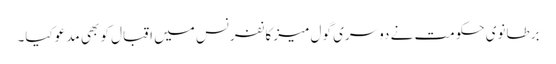
برطانوی حکومت نے دوسری گول میز کانفرنس میں اقبال کو بھی مدعو کیا۔